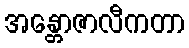
အန္တောဇာလီကတာ